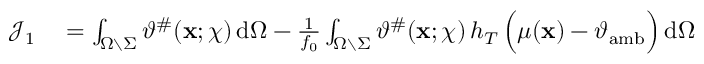
\begin{array} { r l } { \mathcal { J } _ { 1 } } & { { } = \int _ { \Omega \setminus \Sigma } \vartheta ^ { \# } ( \mathbf { x } ; \chi ) \, \mathrm { d } \Omega - \frac { 1 } { f _ { 0 } } \int _ { \Omega \setminus \Sigma } \vartheta ^ { \# } ( \mathbf { x } ; \chi ) \, h _ { T } \, \Big ( \mu ( \mathbf { x } ) - \vartheta _ { \mathrm { a m b } } \Big ) \, \mathrm { d } \Omega } \end{array}